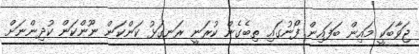
ޖަވާބަކީ މައިން ބަފައިން ފޯނުގައި ތިބެގެން ކުރަނީ ރަނގަޅު ކަންކަން ނޫންކަން ކުދިންނަށް